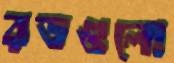
রডগুলো